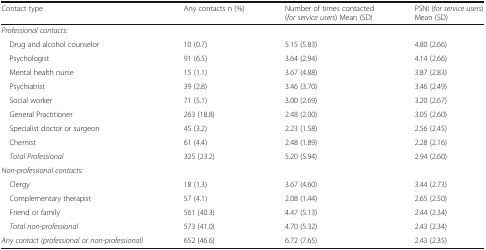
<table><thead><tr><td><b>Contact type</b></td><td><b>Any contacts n (%)</b></td><td><b>Number of times contacted (<i>for service users</i>) Mean (SD)</b></td><td><b>PSNI (<i>for service users</i>) Mean (SD)</b></td></tr></thead><tbody><tr><td colspan="4"><i>Professional contacts:</i></td></tr><tr><td> Drug and alcohol counselor</td><td>10 (0.7)</td><td>5.15 (5.83)</td><td>4.80 (2.66)</td></tr><tr><td> Psychologist</td><td>91 (6.5)</td><td>3.64 (2.94)</td><td>4.14 (2.66)</td></tr><tr><td> Mental health nurse</td><td>15 (1.1)</td><td>3.67 (4.88)</td><td>3.87 (2.83)</td></tr><tr><td> Psychiatrist</td><td>39 (2.8)</td><td>3.46 (3.70)</td><td>3.46 (2.49)</td></tr><tr><td> Social worker</td><td>71 (5.1)</td><td>3.00 (2.69)</td><td>3.20 (2.67)</td></tr><tr><td> General Practitioner</td><td>263 (18.8)</td><td>2.48 (2.00)</td><td>3.05 (2.60)</td></tr><tr><td> Specialist doctor or surgeon</td><td>45 (3.2)</td><td>2.23 (1.58)</td><td>2.56 (2.45)</td></tr><tr><td> Chemist</td><td>61 (4.4)</td><td>2.48 (1.89)</td><td>2.28 (2.16)</td></tr><tr><td> <i>Total Professional</i></td><td>325 (23.2)</td><td>5.20 (5.94)</td><td>2.94 (2.60)</td></tr><tr><td colspan="4"><i>Non-professional contacts:</i></td></tr><tr><td> Clergy</td><td>18 (1.3)</td><td>3.67 (4.60)</td><td>3.44 (2.73)</td></tr><tr><td> Complementary therapist</td><td>57 (4.1)</td><td>2.08 (1.44)</td><td>2.65 (2.50)</td></tr><tr><td> Friend or family</td><td>561 (40.3)</td><td>4.47 (5.13)</td><td>2.44 (2.34)</td></tr><tr><td> <i>Total non-professional</i></td><td>573 (41.0)</td><td>4.70 (5.32)</td><td>2.43 (2.34)</td></tr><tr><td><i>Any contact (professional or non-professional)</i></td><td>652 (46.6)</td><td>6.72 (7.65)</td><td>2.43 (2.35)</td></tr></tbody></table>